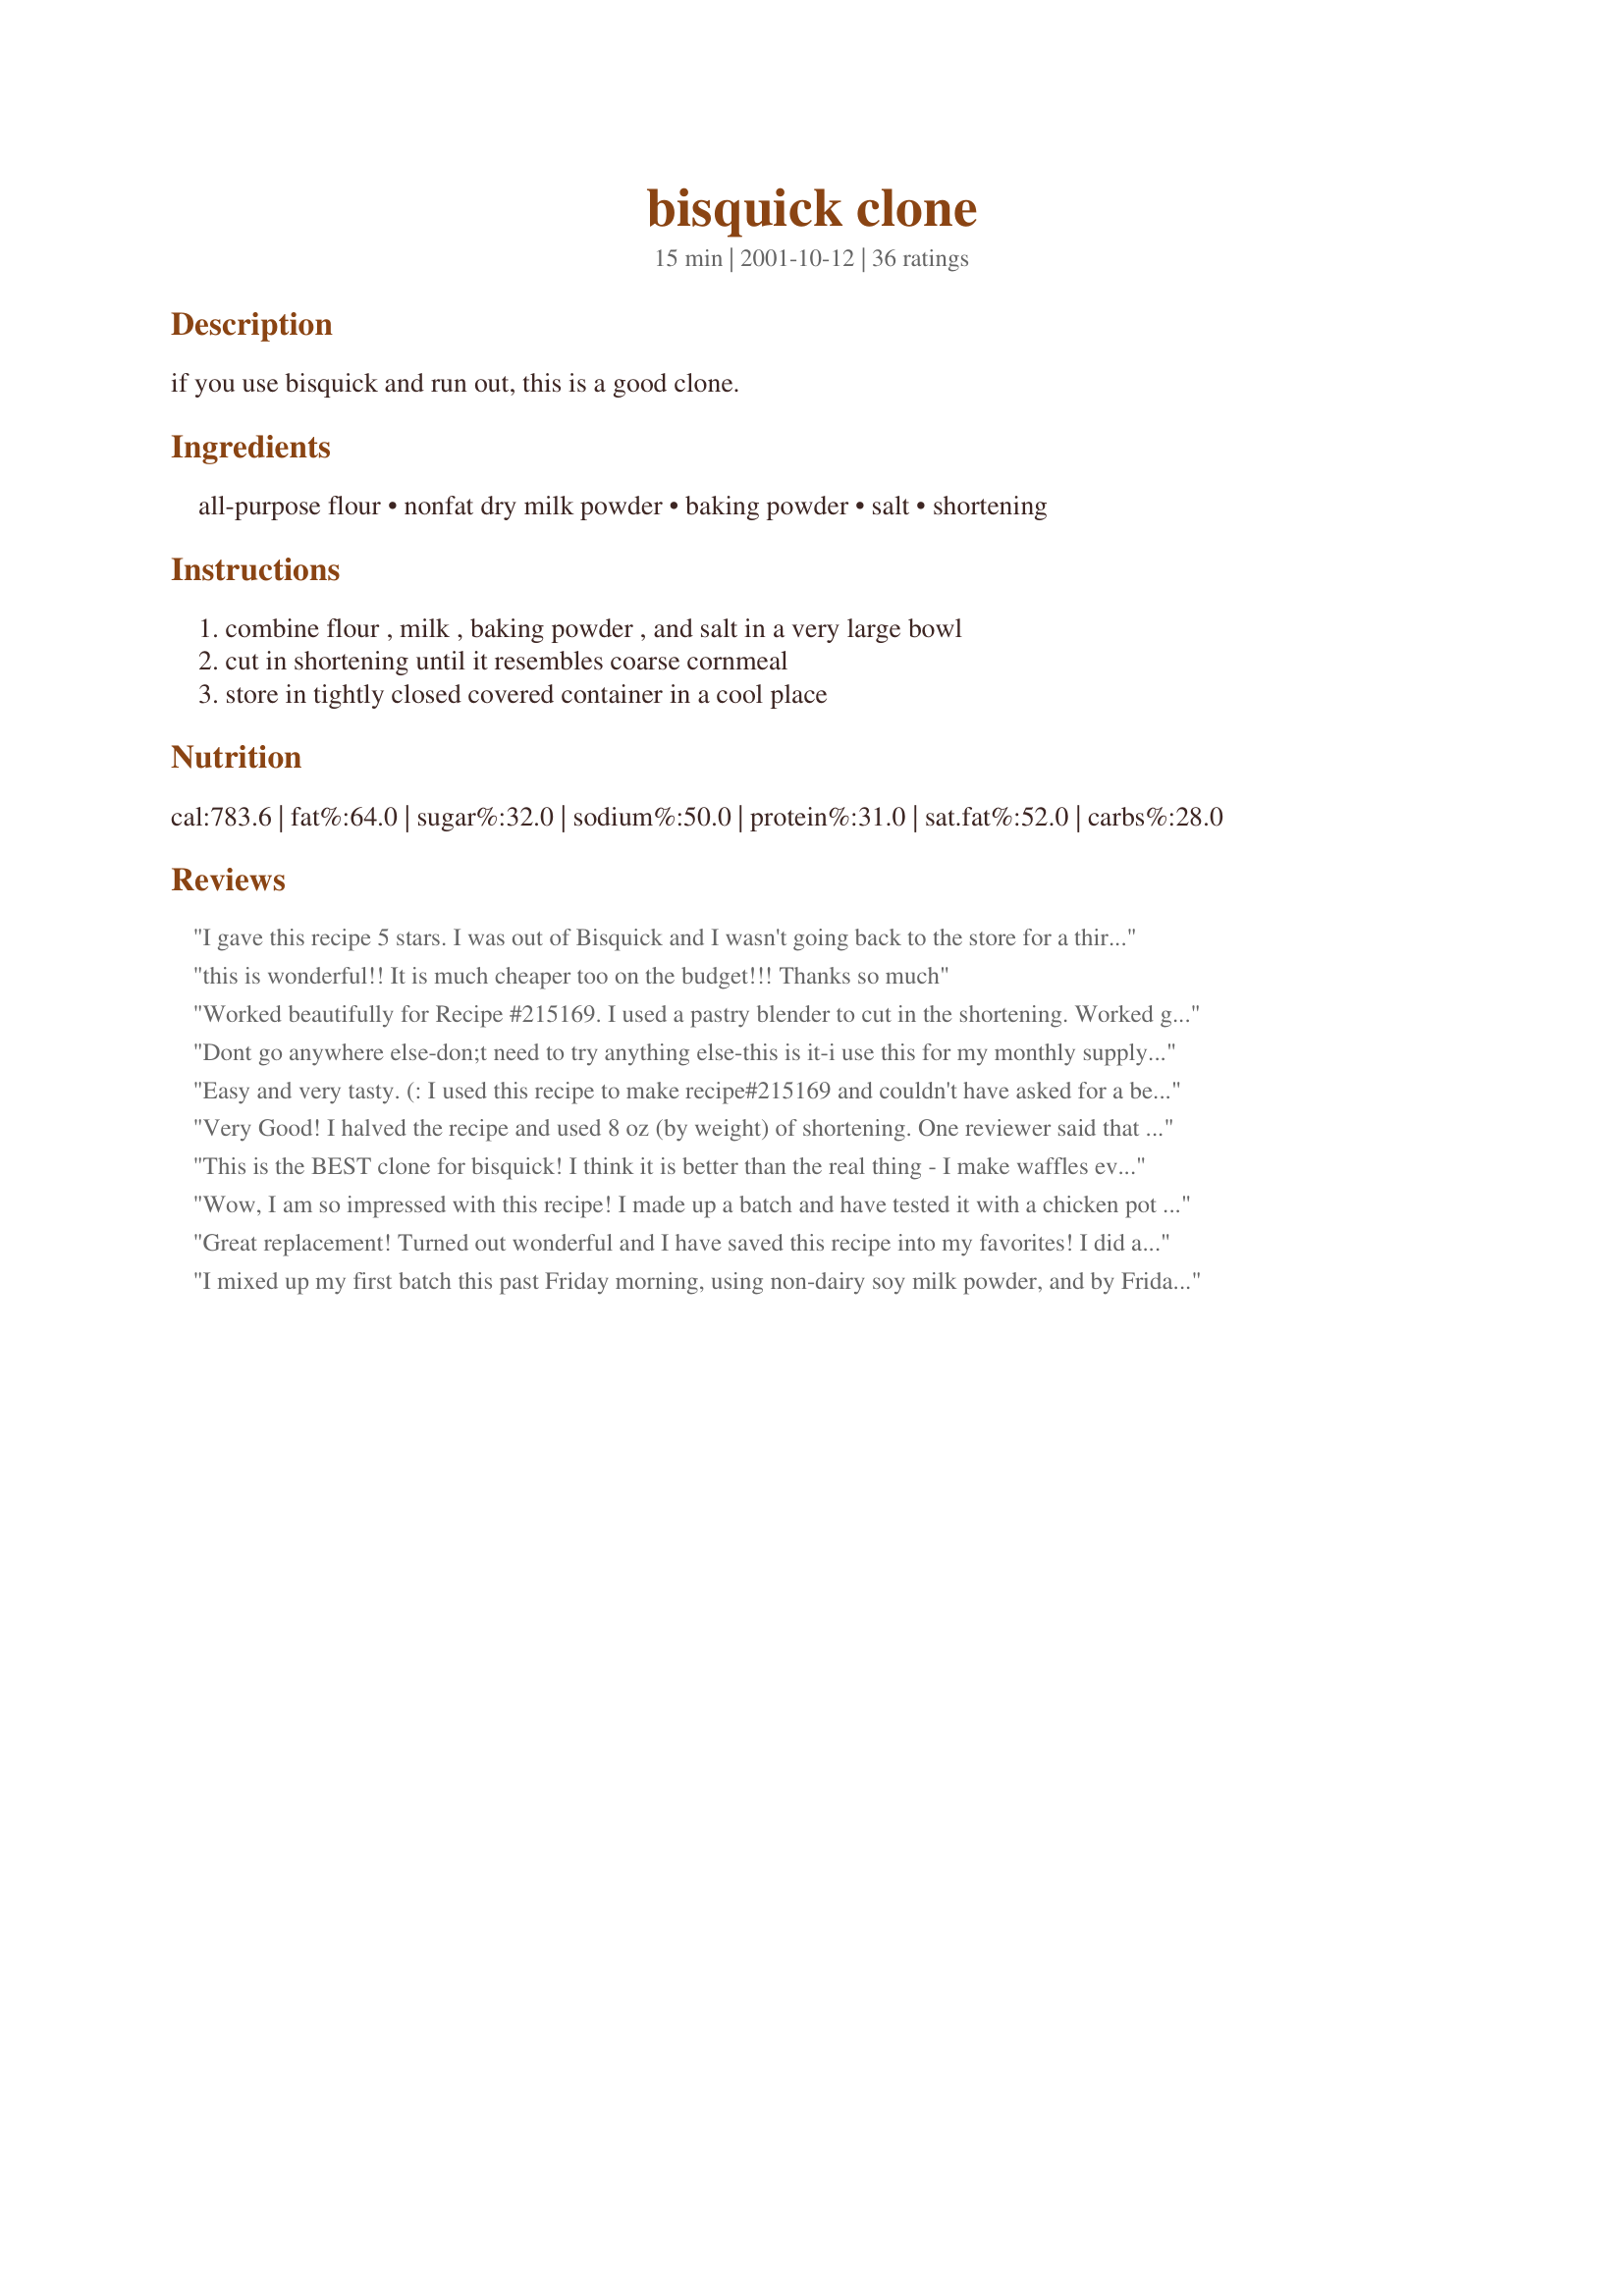
bisquick clone
Preparation time: 15 minutes

if you use bisquick and run out, this is a good clone.

Ingredients:
all-purpose flour, nonfat dry milk powder, baking powder, salt, shortening

Steps:
combine flour , milk , baking powder , and salt in a very large bowl, cut in shortening until it resembles coarse cornmeal, store in tightly closed covered container in a cool place

Reviews:
I gave this recipe 5 stars. I was out of Bisquick and I wasn't going back to the store for a third time in one day. So I started searching for recipes using powdered milk to bump up my protein. This was perfect. When I made this recipe I cut the recipe by 1/3 and this still turned out great. Overall I will make this recipe again! Thanks for posting a great recipe! Christine (internetnut)
this is wonderful!! It is much cheaper too on the budget!!! Thanks so much
Worked beautifully for Recipe #215169. I used a pastry blender to cut in the shortening. Worked great! This will be a great thing to have on hand since DD loved the biscuits.
Dont go anywhere else-don;t need to try anything else-this is it-i use this for my monthly supply= this is a genius recipe and you dont get no better-i am 66 yrs old -this is the bomb=@@@@@@@@@@@@@@@@
Easy and very tasty. (: I used this recipe to make recipe#215169 and couldn't have asked for a better outcome. I will show the photo of the recipe I used it in. Thanks for posting this one, Lali. It's a keeper for sure!!!
Very Good! I halved the recipe and used 8 oz (by weight) of shortening. One reviewer said that it seemed too "wet". It seemed a little "wet" to me too when it was done but I made a batch of "Bisquick biscuits and they turned out good. The only thing I will change is to add more salt. The first batch of biscuits 2 1/4 cups of mix with 2/3 cups of buttermilk seemed a little flat. I made another batch and added 1/4 teaspoon of salt to the recipe and they were great! So, for half a recipe - I will add 1 teaspoon more of salt making it 2 1/2 teaspoons total per 1/2 Bisquick Clone Recipe. Even my friend who came over for dinner commented on them by saying, "I just LOVE Bisquick biscuits!" She didn't know it wasn't Bisquick. I can't wait to try some of my other Bisquick recipes.
This is the BEST clone for bisquick! I think it is better than the real thing - I make waffles every morning and they are moist and crisp on the outside. Ignore the others and use this one!!!
Wow, I am so impressed with this recipe! I made up a batch and have tested it with a chicken pot pie, biscuits, and pancakes and they all came out perfectly :) I will keep this on hand at all times from now on!
Great replacement! Turned out wonderful and I have saved this recipe into my favorites! I did add a tad bit of sugar but that is to our tastes, and only half of the salt.
I mixed up my first batch this past Friday morning, using non-dairy soy milk powder, and by Friday afternoon had already used up most of it for my weekend baking. It works beautifully!
I had very good results with this recipe! I was looking to make a copycat recipe of Cheddar Bay Biscuits, and all of the recipes I found called for Bisquick! So, I used this as a substitute and MAN was it GOOD!!! I won't buy the box stuff again, if I can help it!!!
We all loved this biscuit mix... I made 2 cups mix, 2/3 cup buttermilk. Perfect biscuits. I will definitely never buy Bisquick again (I'm pretty thrifty, and I didn't buy it very much anyway).<br/><br/>I mixed mine in the food processor. I did just 1/2 batch in case we didn't love it. I'll definitely do a full recipe next time... my hubby says he would love to eat more biscuits! <br/><br/>Thanks for this recipe.
How wonderful is cloning! I can now try some of the excellent Zaar recipes which include Bisquick, to me a previously unknown and frustratingly mysterious American ingredient, the exact nature of which I have been unable to fathom out!
Very good, won't be buying bisquick at the store any more.
I halved the recipe and it worked great. I used it for dumplings on top a stew. It was so much cheaper then buying the real stuff, it works exactly the same and tastes just as good.
Very good...a keeper! Thanks for sharing!
To: Lali

Boy, this homemade "Bisquick" mix is dandy! It makes a whole bunch so I was able to share a small batch, (just the right size for one) with my mom. Easy and fast to mix up, and made wonderfully light and golden pancakes. Just like the real thing only a whole lot better!

Thanks so much for sharing.

Laudee C.
I made this the other night to go with a mexican type taco casserole. It worked perfectly in place of the Bisquick! Thanks!
WOOOOOOOW! amazing
That's one of the must have recipe
everyone should have it in his saved recipes....
Thanks a lot Lali for sharing....
Thank you, this is exactally what I needed to make Recipe #132901 Ham & Cheese Bread. I very sucessfully scaled the recipe down to 2 cups. We don't get Bisquick in Australia and I know I will use this recipe often.
If you use Bisquick from the box just throw it out the window!! This is a wonderful recipe and easy to make. I'm so happy I don't have to buy a box of Bisquick any more, now that I found this! I made half of the recipe because I wanted to use it to make Sausage Cheese Muffins recipe #13668 worked wonderfully.
This is a great recipe....added sour cream and sugar to the mix and used it for strawberry shortcake....so yum! Thanks for a great recipe.
This is exactly like bisquick! Anyone who rated this low, had to have done it wrong. Armymomx2 must have put something extra or add too much of something? I used organic unbleached flour, aluminum free baking powder, sea salt, organic milk powder, and organic shortening (pure palm oil, no transfat). I don't like using the boxed stuff because of all the nasties, like hydrogenated oils amoung the many bad ingredients. But I LOVE chicken and dumplings with bisquick dumplings and no other way. So I am so thankful for this recipe! And it does taste exactly like the real thing and it makes up the same. I quartered this recipe and was able to make a big pot of chicken and dumplings last night and 2 large waffles this morning. YUM! Thanks so much!!
Used this in Chicken and Dumpling Casserole Recipe #70311 and it was wonderful! Blended the mix in the food processor. Used Crisco Trans Fat free shortening. Now I just have to entertain myself finding recipes to use the rest of the mix.! Thanks, Lali, for posting!
I prefer this to another Zaar recipe (which I have also given 5 stars) because it doesn't include sugar & its easier to scale in half! Its easy, economical & can be prepped in a food processor which makes it even quicker. I stored the leftovers in my freezer. Thanx Lali!
I couldn't believe the differences in the recipes listed for 'Homemade Bisquick'. I chose this because of the addition of dry milk. It was great. I made Popeye's Kopy Kat biscuits with it and they were Wonderful. Very light and fluffy. This recipe was not overpowering with baking powder. I have never had Popeye Biscuits before, but they must be good !! Now I won't be throwing out expired Bisquick since this recipe can be scaled down. Thanks
Sorry to rate this so low, but this was awful. The mix was wet and held together when I squeezed it. I used my food processor then my Kitchen Aid mixer, to get it to combine thoroughly. It tasted nothing like Bisquick and when I made my dumplings, they fell apart. I really wanted this one to work.
I scaled the recipe to half and made it in the food processor. So far I've used it in <a href="/11571">Red Lobster Cheese Biscuits</a> and <a href="/43842">Crockpot Pumpkin Pie Pudding</a>, and it worked very well! Thanks for posting!
5 stars because it worked exactly as needed and advertized. A good clone, easy to whip up. I tried a quarter batch and just whirled it all in the food processor. Thank you!
I do not like bisquick and stay away from recipes that ask for it. But a recipe got the better of me and I need 1.5 cups of the stuff. So I tried your recipe and its great. Thanks for posting this.
This is a great recipe .. used it when i had no bisquick on hand, worked great!
I made the full recipe, and used a little in Cindy's Sausage Balls (http://www.recipezaar.com/201779), and it seemed to work really well! I can't wait to make some biscuits with it! And it is so much less expensive than the store bought kind. Thanks for posting it!
This is great! I never have bisquick on hand, so this is a really convenient recipe for me. I've used it several times now in several ways, storing the leftovers in the freezer for the next use, and it works perfectly every time. Thanks for posting this!
This bisquick clone is superb! Today I used it to make the crispiest waffles I have ever made. I followed the Betty crocker site directions for making bisquick waffles. The only difference was the addition of half a teaspoon of ENO mixed with a little water to the batter. I am delighted that I have a winner with this clone. Thanks Lali.
What an great substitution this was. I used this to make a crust for my lemon pie. thanks!
Awesome! I don't like using anything from a box (unless it's powdered milk!) so this is awesome and cheap! I found this recipe because I needed Bisquick for recipe #223553 and it was so good! Easy and delicious thank you for sharing :o)
